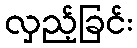
လှည့်ခြင်း